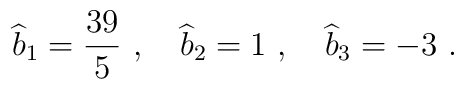
{\widehat b}_1={39\over 5}~,~~~{\widehat b}_2=1~,~~~{\widehat b}_3=-3~.